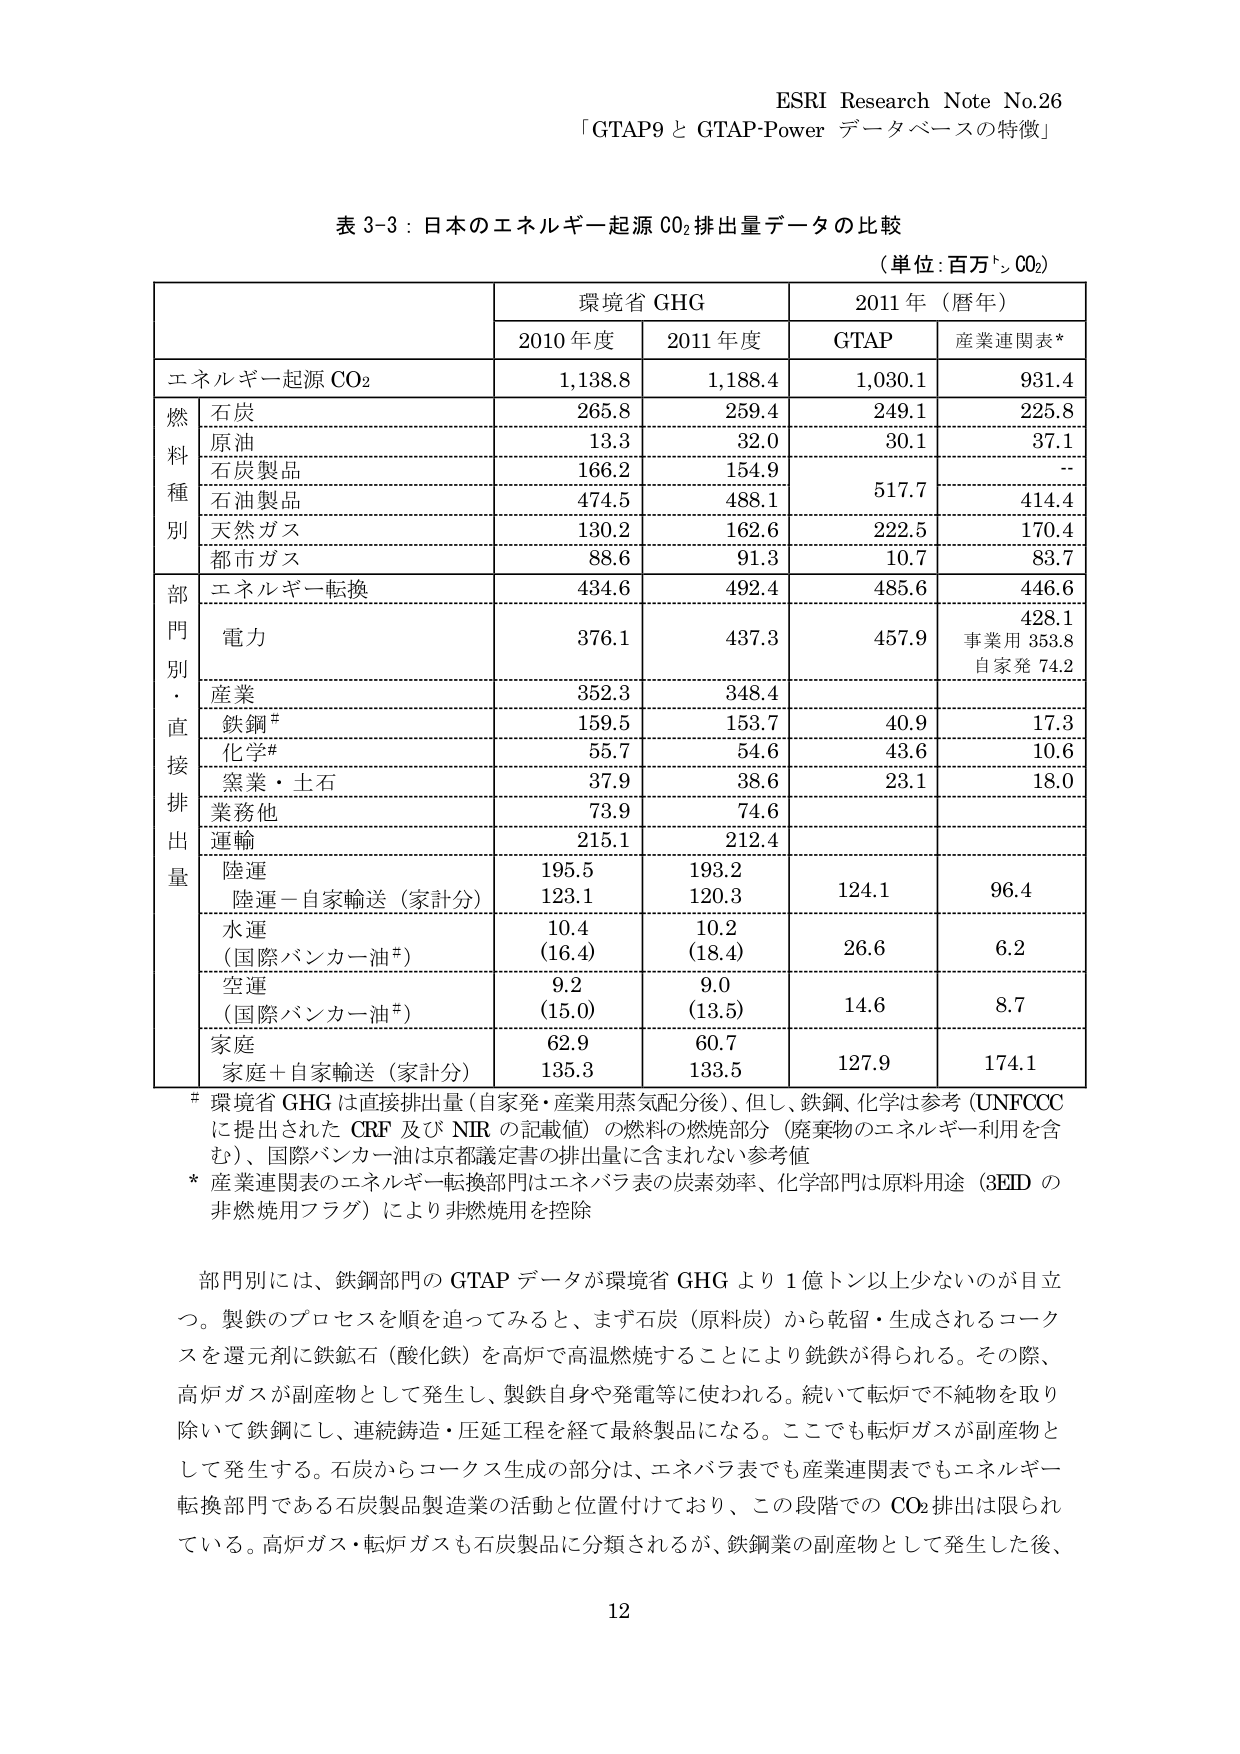
ESRI Research Note No.26
「GTAP9 と GTAP-Power データベースの特徴」

表 3-3：日本のエネルギー起源 CO₂ 排出量データの比較
（単位：百万トン CO₂）

| | 環境省 GHG | | 2011 年（暦年） | |
|---|---|---|---|---|
| | 2010 年度 | 2011 年度 | GTAP | 産業連関表* |
| エネルギー起源 CO₂ | 1,138.8 | 1,188.4 | 1,030.1 | 931.4 |
| 燃料種別 | | | | |
| 石炭 | 265.8 | 259.4 | 249.1 | 225.8 |
| 原油 | 13.3 | 32.0 | 30.1 | 37.1 |
| 石炭製品 | 166.2 | 154.9 | 517.7 | -- |
| 石油製品 | 474.5 | 488.1 | | 414.4 |
| 天然ガス | 130.2 | 162.6 | 222.5 | 170.4 |
| 都市ガス | 88.6 | 91.3 | 10.7 | 83.7 |
| 部門別・直接排出量 | | | | |
| エネルギー転換 | 434.6 | 492.4 | 485.6 | 446.6 |
| 電力 | 376.1 | 437.3 | 457.9 | 428.1 |
| | | | | 事業用 353.8 |
| | | | | 自家発 74.2 |
| 産業 | 352.3 | 348.4 | | |
| 鉄鋼# | 159.5 | 153.7 | 40.9 | 17.3 |
| 化学# | 55.7 | 54.6 | 43.6 | 10.6 |
| 窯業・土石 | 37.9 | 38.6 | 23.1 | 18.0 |
| 業務他 | 73.9 | 74.6 | | |
| 運輸 | 215.1 | 212.4 | | |
| 陸運 | 195.5 | 193.2 | | |
| 陸運－自家輸送（家計分） | 123.1 | 120.3 | 124.1 | 96.4 |
| 水運 | 10.4 | 10.2 | | |
| （国際バンカー油†） | (16.4) | (18.4) | 26.6 | 6.2 |
| 空運 | 9.2 | 9.0 | | |
| （国際バンカー油†） | (15.0) | (13.5) | 14.6 | 8.7 |
| 家庭 | 62.9 | 60.7 | | |
| 家庭＋自家輸送（家計分） | 135.3 | 133.5 | 127.9 | 174.1 |

# 環境省 GHG は直接排出量（自家発・産業用蒸気配分後）、但し、鉄鋼、化学は参考（UNFCCC に提出された CRF 及び NIR の記載値）の燃料の燃焼部分（廃棄物のエネルギー利用を含む）、国際バンカー油は京都議定書の排出量に含まれない参考値
* 産業連関表のエネルギー転換部門はエネパラ表の炭素効率、化学部門は原料用途（3EID の非燃焼用フラグ）により非燃焼用を控除

部門別には、鉄鋼部門の GTAP データが環境省 GHG より 1 億トン以上少ないのが目立つ。製鉄のプロセスを順を追ってみると、まず石炭（原料炭）から乾留・生成されるコークスを還元剤に鉄鉱石（酸化鉄）を高炉で高温燃焼することにより鉄鉄が得られる。その際、高炉ガスが副産物として発生し、製鉄自身や発電等に使われる。続いて転炉で不純物を取り除いて鉄鋼にし、連続鋳造・圧延工程を経て最終製品になる。ここでも転炉ガスが副産物として発生する。石炭からコークス生成の部分は、エネパラ表でも産業連関表でもエネルギー転換部門である石炭製品製造業の活動と位置付けており、この段階での CO₂ 排出は限られている。高炉ガス・転炉ガスも石炭製品に分類されるが、鉄鋼業の副産物として発生した後、

12